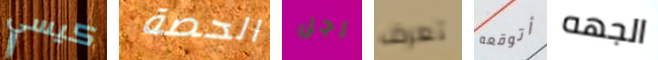
كيسي الحصة رجل تعرف أتوقعه الجهه